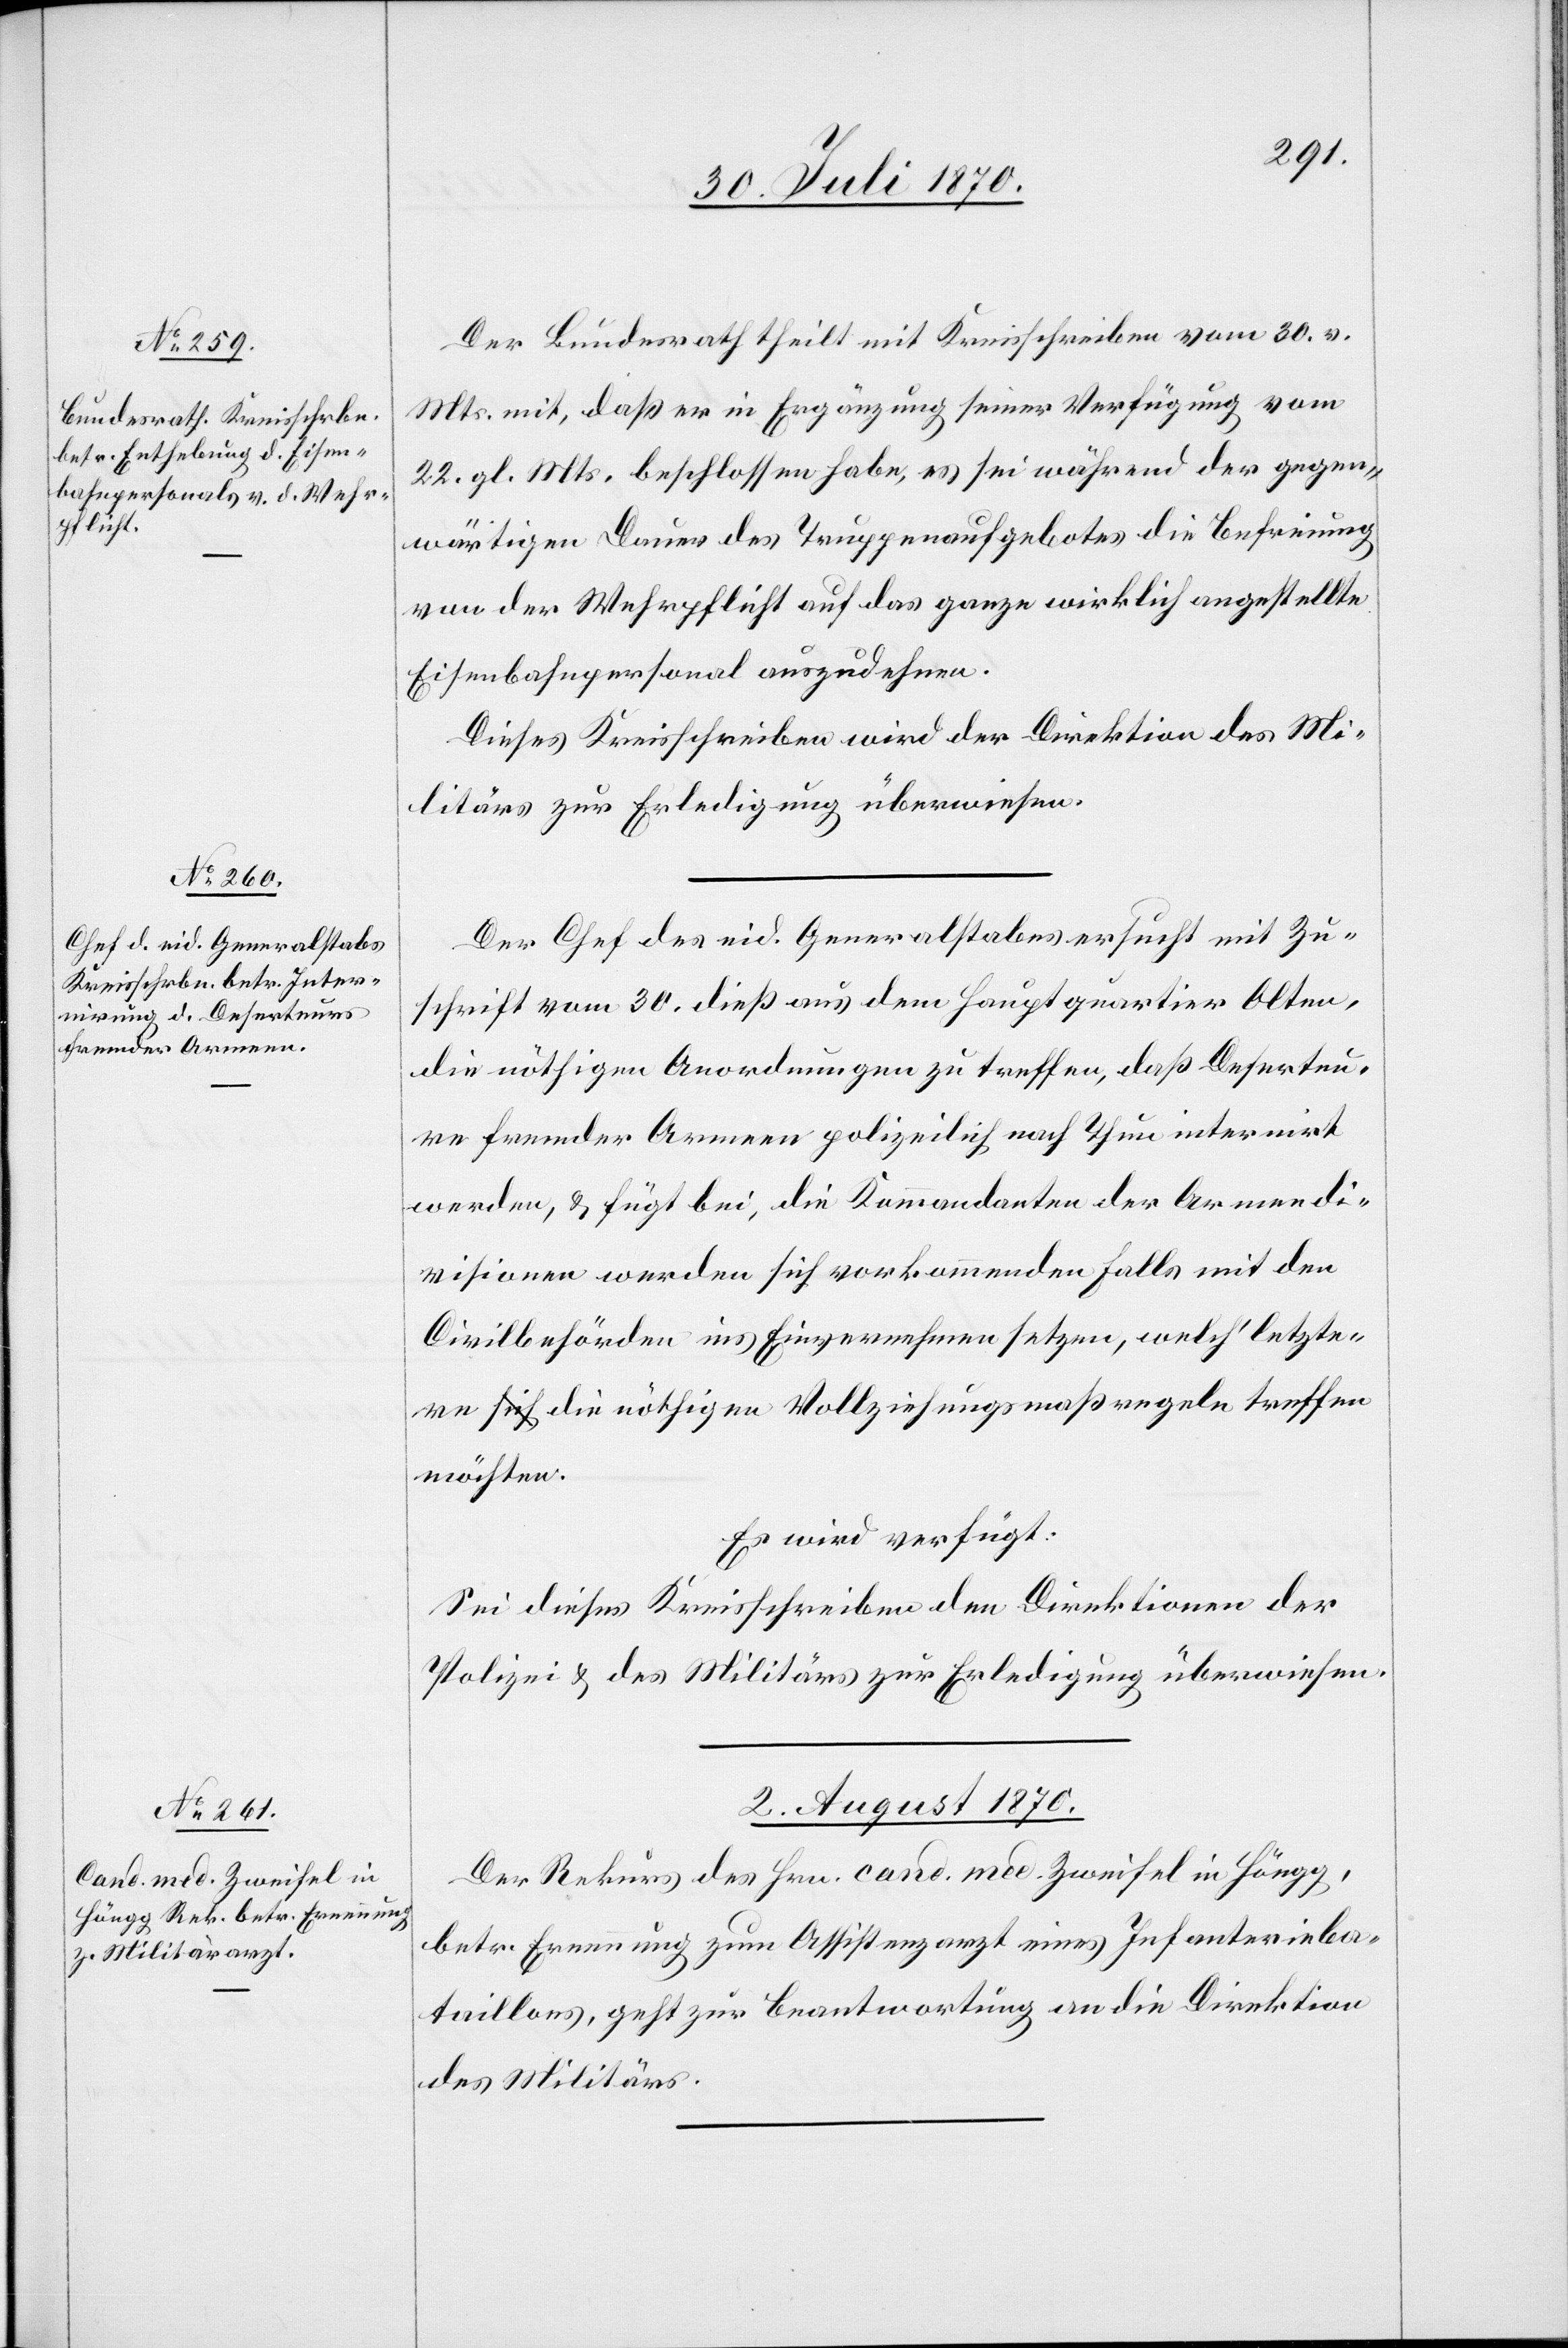
Der Bundesrath theilt mit Kreisschreiben vom 30. v.
Mts. mit, daß er in Ergänzung seiner Verfügung vom
22. gl. Mts. beschlossen habe, es sei während der gegen¬
wärtigen Dauer des Truppenaufgebotes die Befreiung
von der Wehrpflicht auf das ganze wirklich angestellte
Eisenbahnpersonal auszudehnen.
Dieses Kreisschreiben wird der Direktion des Mi¬
litärs zur Erledigung überwiesen.
Der Chef des eid. Generalstabes ersucht mit Zu¬
schrift vom 30. dieß aus dem Hauptquartier Olten,
die nöthigen Anordnungen zu treffen, daß Deserteu¬
re fremder Armeen polizeilich nach Thun internirt
werden, & fügt bei, die Kommandanten der Armeedi¬
visionen werden sich vorkommenden Falls mit den
Civilbehörden ins Einvernehmen setzen, welch’ letzte¬
re a-sich-a die nöthigen Vollziehungsmaßregeln treffen
möchten.
Es wird verfügt:
Sei dieses Kreisschreiben den Direktionen der
Polizei & des Militärs zur Erledigung überwiesen.
2. August 1870.
Der Rekurs des Hrn. cand. med. Zweifel in Höngg,
betr. Ernennung zum Assistenzarzt eines Infanterieba¬
taillons, geht zur Beantwortung an die Direktion
des Militärs.